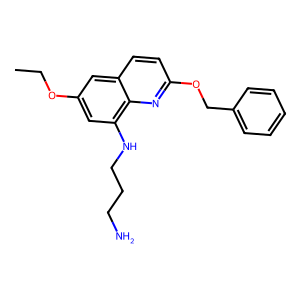
SMILES: CCOc1cc(NCCCN)c2nc(OCc3ccccc3)ccc2c1
Inhibits HIV replication: No